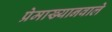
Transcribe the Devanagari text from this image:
प्रेमाख्यानवाले